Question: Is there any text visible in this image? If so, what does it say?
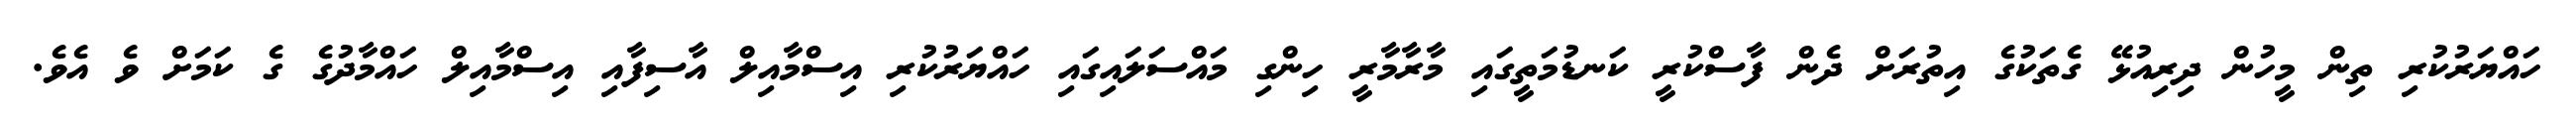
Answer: ހައްޔަރުކުރި ތިން މީހުން ދިރިއުޅޭ ގެތަކުގެ އިތުރަށް ދެން ފާސްކުރީ ކަނޑުމަތީގައި މާރާމާރީ ހިންގި މައްސަލައިގައި ހައްޔަރުކުރި އިސްމާއިލް އާސިފާއި އިސްމާއިލް ހައްމާދުގެ ގެ ކަމަށް ވެ އެވެ.